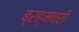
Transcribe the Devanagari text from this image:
ब्रह्मचरी